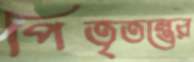
পিতৃতন্ত্রের